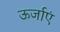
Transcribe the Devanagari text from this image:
ऊर्जाएं